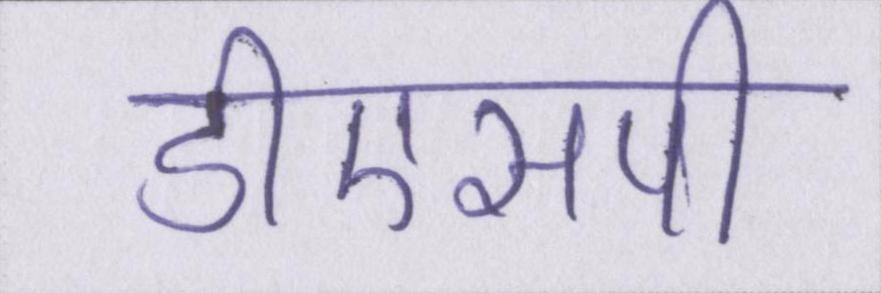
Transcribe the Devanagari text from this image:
डीएसपी